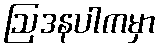
ဩဒနပါကမှာ